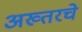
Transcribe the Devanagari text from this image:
अख्तरचे